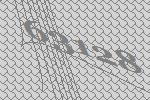
63128